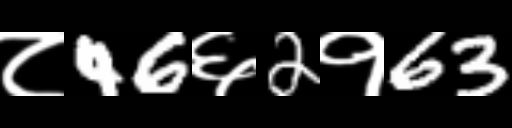
Text: ८46६2१63